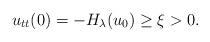
LaTeX: \begin{align*}u_{tt}(0) = -H_{\lambda}(u_{0}) \geq \xi > 0.\end{align*}